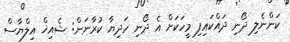
ކަންނެލި ދޯނި ދައްކައިފި މީހަކަށް އެ ދޯނި ހަދިޔާ ކުރާނަން: ޝެއިޚް އިލްޔާސް